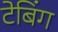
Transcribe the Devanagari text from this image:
टेबिंग